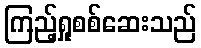
ကြည့်ရှုစစ်ဆေးသည်